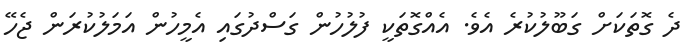
ދެ ގޮތަކަށް ގަބޫލުކުރެ އެވެ. އެއްގޮތަކީ ފުލުހުން ގަސްދުގައި އެމީހުން އަމަލުކުރަން ޖެހޭ